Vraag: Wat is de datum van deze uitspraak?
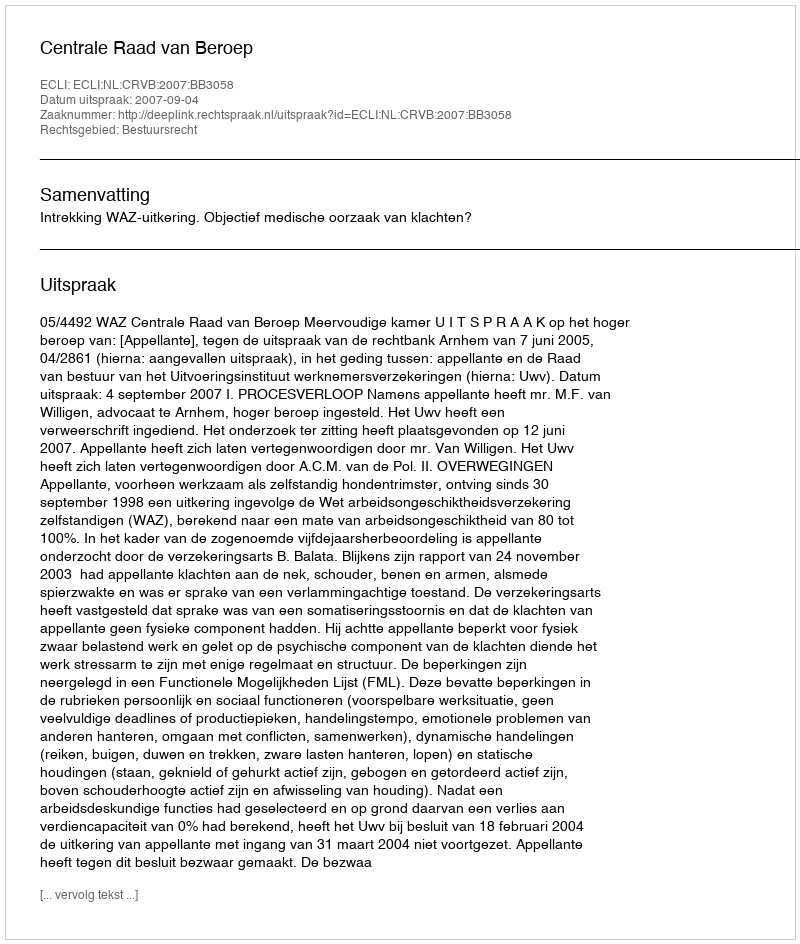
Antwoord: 2007-09-04